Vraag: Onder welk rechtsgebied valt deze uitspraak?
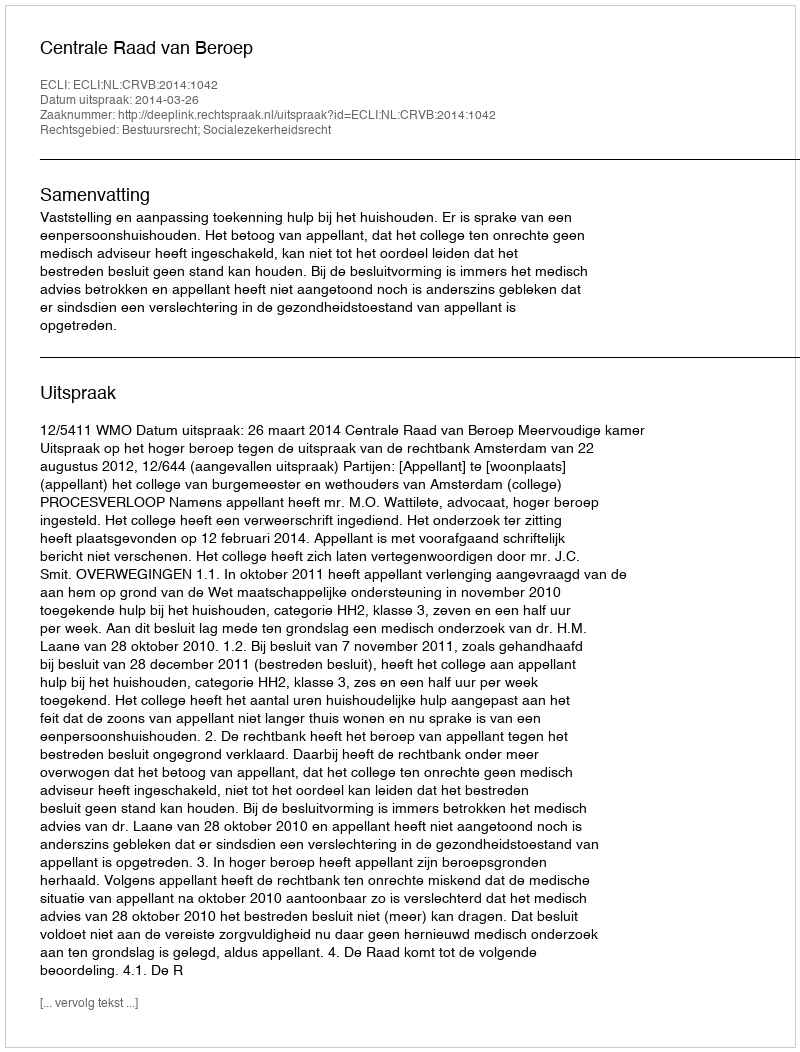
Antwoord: Bestuursrecht; Socialezekerheidsrecht